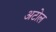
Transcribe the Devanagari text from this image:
अटोल